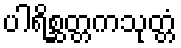
ပါရိစ္ဆတ္တကသုတ္တံ